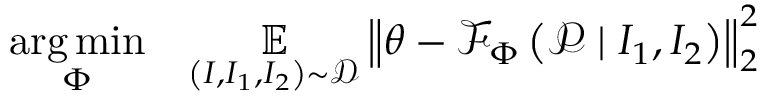
\begin{array} { r l } { \underset { \boldsymbol { \Phi } } { \arg \operatorname* { m i n } } } & { \underset { \left( \boldsymbol { I } , \boldsymbol { I _ { 1 } } , \boldsymbol { I _ { 2 } } \right) \sim \mathcal { D } } { \mathbb { E } } \left\| \boldsymbol { \theta } - \mathcal { F } _ { \boldsymbol { \Phi } } \left( \boldsymbol { \mathcal { P } } \mid \boldsymbol { I _ { 1 } } , \boldsymbol { I _ { 2 } } \right) \right\| _ { 2 } ^ { 2 } } \end{array}